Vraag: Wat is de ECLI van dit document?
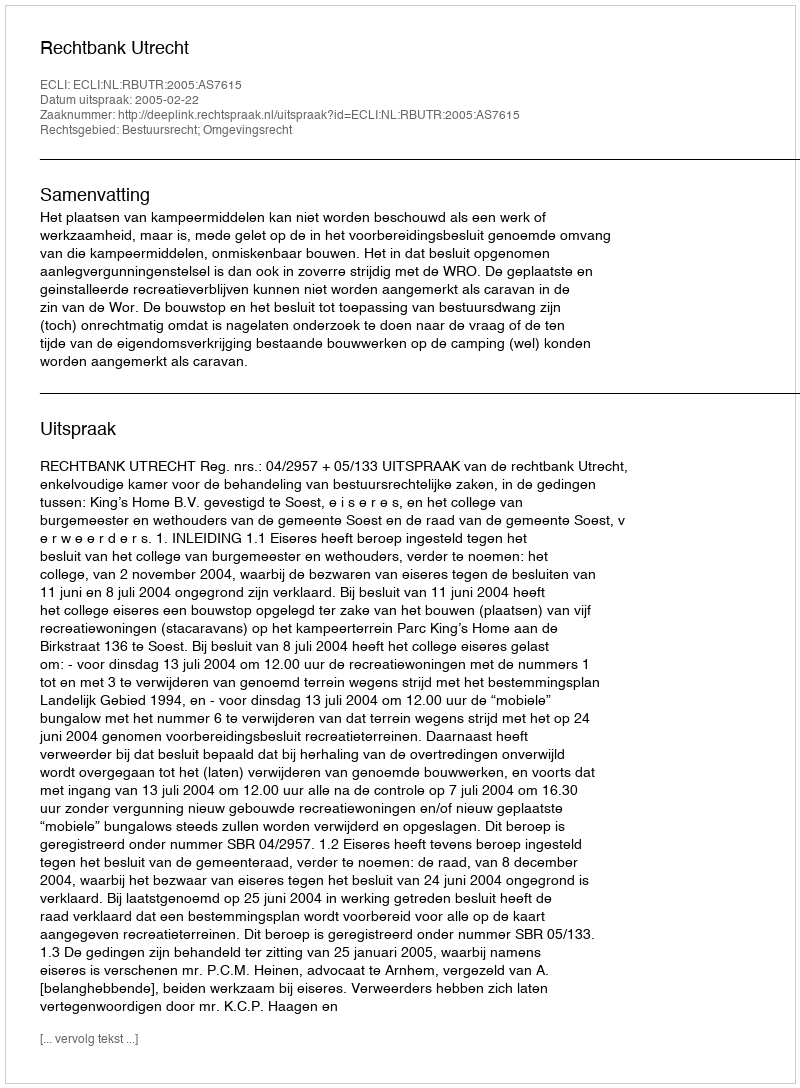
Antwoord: ECLI:NL:RBUTR:2005:AS7615